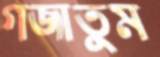
গজাতুম